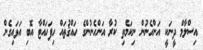
އިސްލާމް ދީނަކީ އަންހެނުން ނިކަމެތި ކުރާ އަންހެނުންގެ ހައްޤުތައް ހިފަހައްޓާ އޮބި އަޅައިގެން